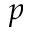
p